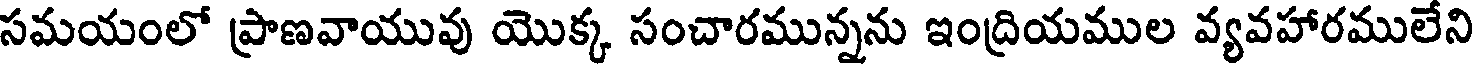
సమయంలో ప్రాణవాయువు యొక్క సంచారమున్నను ఇంద్రియముల వ్యవహారములేని